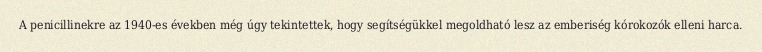
A penicillinekre az 1940-es években még úgy tekintettek, hogy segítségükkel megoldható lesz az emberiség kórokozók elleni harca.